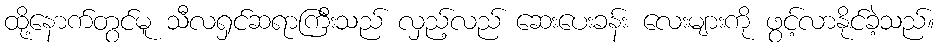
ထို့နောက်တွင်မူ သီလရှင်ဆရာကြီးသည် လှည့်လည် ဆေးပေးခန်း လေးများကို ဖွင့်လာနိုင်ခဲ့သည်။